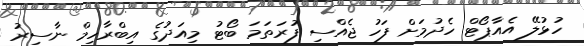
ހުޅުލޭ އެއާޕޯޓް ހެދުމަށް ފަހު ޖެއްސި ފުރަތަމަ ބޯޓު މިއަދުގެ އިބްރާހިމް ނާސިރު